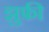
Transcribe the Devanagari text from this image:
झुफ्री